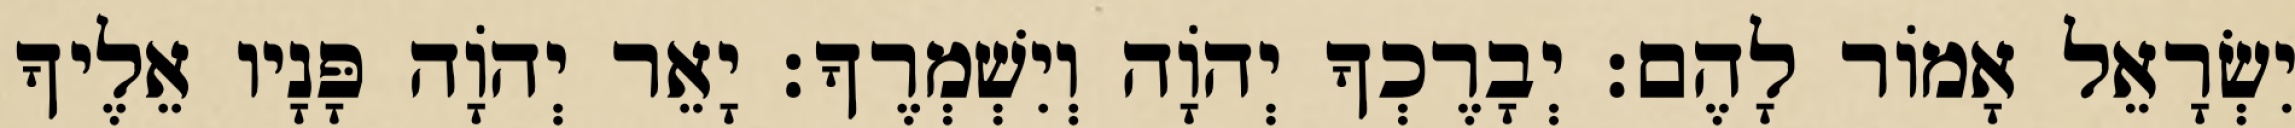
יִשְׂרָאֵל אָמוֹר לָהֶם׃ יְבָרֶכְךָ יְהוָֹה וְיִשְׁמְרֶךָ׃ יָאֵר יְהוָֹה פָּנָיו אֵלֶיךָ